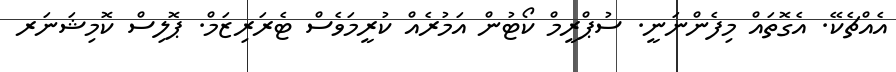
އެއްޗެކޭ. އެގޮތައް މިފެންނަނީ. ސުޕްރީމް ކޯޓުން އަމުރެއް ކުރީމަވެސް ޓެރަރިޒަމް. ޕޮލިސް ކޮމިޝަނަރ